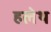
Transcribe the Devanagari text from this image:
हलेथ